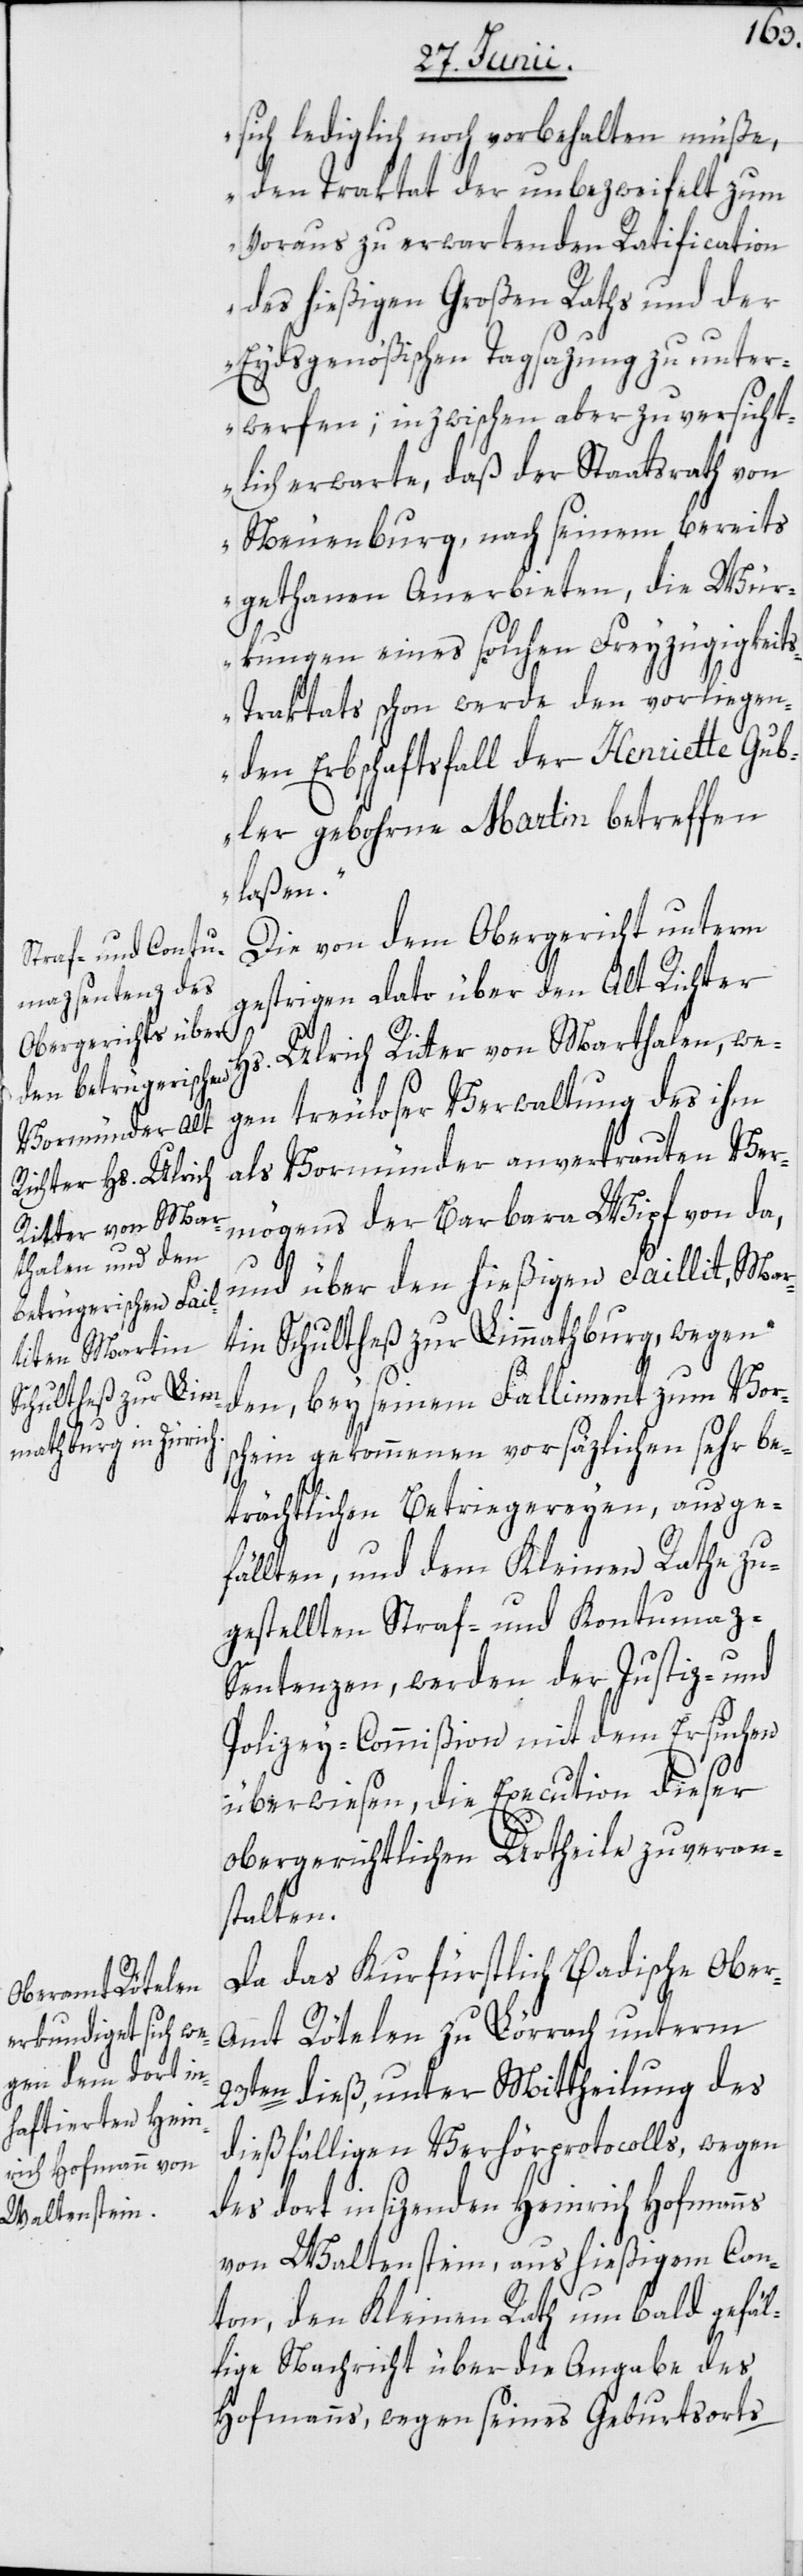
sich lediglich noch vorbehalten müße,
den Traktat der unbezweifelt zum
voraus zu erwartenden Ratification
des hießigen Großen Raths und der
Eydsgenößischen Tagsazung zu unter¬
werfen; inzwischen aber zuversicht¬
lich erwarte, daß der Staatsrath von
Neuenburg, nach seinem bereits
gethanen Anerbieten, die Wür¬
kungen eines solchen Freyzügigkeit¬
s-Traktats schon werde den vorliegen¬
den Erbschaftsfall der Henriette Gub¬
ler gebohrne Martin betreffen
laßen.“
Die von dem Obergericht unterm
gestrigen Dato über den Alt Richter
Hs. Ulrich Ritter von Marthalen, we¬
gen treuloser Verwaltung des ihm
als Vormünder anvertrauten Ver¬
mögens der Barbara Wipf von da,
und über den hießigen Faillit, Mar¬
tin Schultheß zur Limmathburg, wegen
den, bey seinem Falliment zum Vor¬
schein gekommenen vorsäzlichen sehr be¬
trächtlichen Betriegereyen, ausge¬
fällten, und dem Kleinen Rathe zu¬
gestellten Straf- und Kontumaz-S¬
entenzen, werden der Justiz- und
Polizey-Commißion mit dem Ersuchen
überwiesen, die Execution dieser
obergerichtlichen Urtheile zu veran¬
stalten.
Da das Kurfürstlich Badische Obe¬
r-Amt Rötelen zu Lörrach unterm
23ten dieß, unter Mittheilung des
dießfälligen Verhörprotocolls, wegen
des dort insizenden Heinrich Hofmanns
von Waltenstein, aus hießigem Can¬
ton, den Kleinen Rath um bald gefäl¬
lige Nachricht über die Angabe des
Hofmanns, wegen seines Geburtsorts